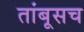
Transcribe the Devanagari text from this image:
तांबूसच